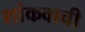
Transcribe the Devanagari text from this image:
शांकवाची